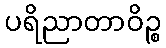
ပရိညာတာဝိဉ္စ